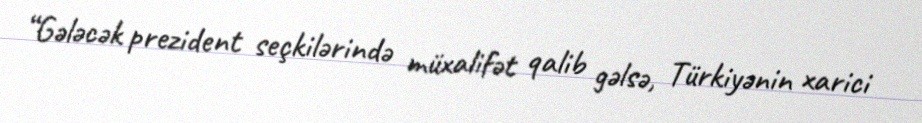
“Gələcək prezident seçkilərində müxalifət qalib gəlsə, Türkiyənin xarici